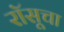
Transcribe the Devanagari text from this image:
रॉसूचा